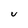
Character: u